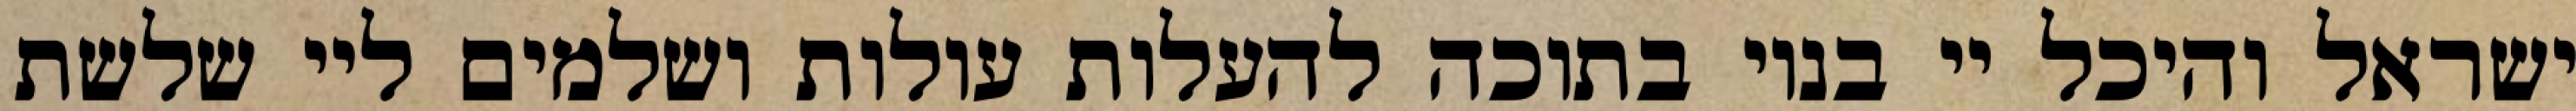
ישראל והיכל יי בנוי בתוכה להעלות עולות ושלמים ליי שלשת